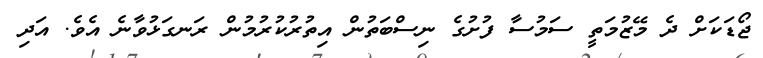
ޖޯޑަކަށް ދެ މޭޒުމަތީ ސަމުސާ ފުށުގެ ނިސްބަތުން އިތުރުކުރުމުން ރަނގަޅުވާނެ އެވެ. އަދި